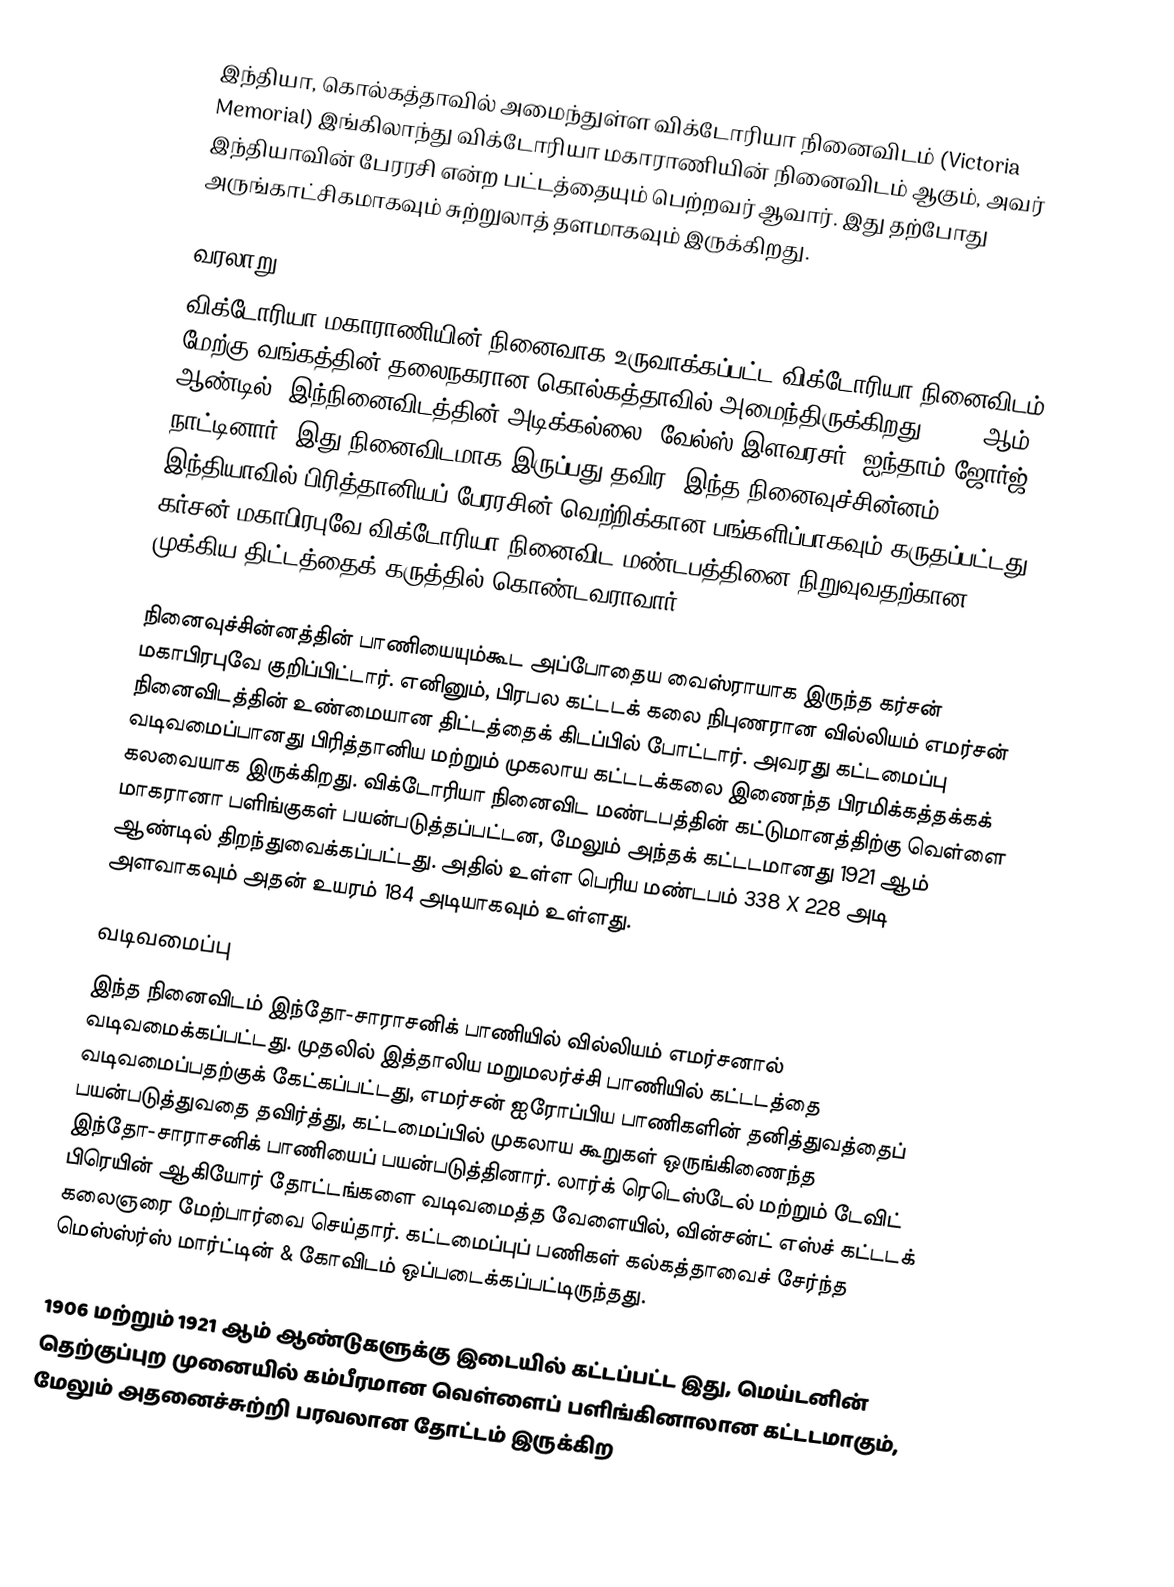
இந்தியா, கொல்கத்தாவில் அமைந்துள்ள விக்டோரியா நினைவிடம் (Victoria Memorial) இங்கிலாந்து விக்டோரியா மகாராணியின் நினைவிடம் ஆகும், அவர் இந்தியாவின் பேரரசி என்ற பட்டத்தையும் பெற்றவர் ஆவார். இது தற்போது அருங்காட்சிகமாகவும் சுற்றுலாத் தளமாகவும் இருக்கிறது.

வரலாறு
விக்டோரியா மகாராணியின் நினைவாக உருவாக்கப்பட்ட விக்டோரியா நினைவிடம் மேற்கு வங்கத்தின் தலைநகரான கொல்கத்தாவில் அமைந்திருக்கிறது. 1906 ஆம் ஆண்டில், இந்நினைவிடத்தின் அடிக்கல்லை 'வேல்ஸ் இளவரசர்' ஐந்தாம் ஜோர்ஜ் நாட்டினார். இது நினைவிடமாக இருப்பது தவிர, இந்த நினைவுச்சின்னம் இந்தியாவில் பிரித்தானியப் பேரரசின் வெற்றிக்கான பங்களிப்பாகவும் கருதப்பட்டது. கர்சன் மகாபிரபுவே விக்டோரியா நினைவிட மண்டபத்தினை நிறுவுவதற்கான முக்கிய திட்டத்தைக் கருத்தில் கொண்டவராவார்.

நினைவுச்சின்னத்தின் பாணியையும்கூட அப்போதைய வைஸ்ராயாக இருந்த கர்சன் மகாபிரபுவே குறிப்பிட்டார். எனினும், பிரபல கட்டடக் கலை நிபுணரான வில்லியம் எமர்சன் நினைவிடத்தின் உண்மையான திட்டத்தைக் கிடப்பில் போட்டார். அவரது கட்டமைப்பு வடிவமைப்பானது பிரித்தானிய மற்றும் முகலாய கட்டடக்கலை இணைந்த பிரமிக்கத்தக்கக் கலவையாக இருக்கிறது. விக்டோரியா நினைவிட மண்டபத்தின் கட்டுமானத்திற்கு வெள்ளை மாகரானா பளிங்குகள் பயன்படுத்தப்பட்டன, மேலும் அந்தக் கட்டடமானது 1921 ஆம் ஆண்டில் திறந்துவைக்கப்பட்டது. அதில் உள்ள பெரிய மண்டபம் 338 X 228 அடி அளவாகவும் அதன் உயரம் 184 அடியாகவும் உள்ளது.

வடிவமைப்பு
இந்த நினைவிடம் இந்தோ-சாராசனிக் பாணியில் வில்லியம் எமர்சனால் வடிவமைக்கப்பட்டது. முதலில் இத்தாலிய மறுமலர்ச்சி பாணியில் கட்டடத்தை வடிவமைப்பதற்குக் கேட்கப்பட்டது, எமர்சன் ஐரோப்பிய பாணிகளின் தனித்துவத்தைப் பயன்படுத்துவதை தவிர்த்து, கட்டமைப்பில் முகலாய கூறுகள் ஒருங்கிணைந்த இந்தோ-சாராசனிக் பாணியைப் பயன்படுத்தினார். லார்க் ரெடெஸ்டேல் மற்றும் டேவிட் பிரெயின் ஆகியோர் தோட்டங்களை வடிவமைத்த வேளையில், வின்சன்ட் எஸ்ச் கட்டடக் கலைஞரை மேற்பார்வை செய்தார். கட்டமைப்புப் பணிகள் கல்கத்தாவைச் சேர்ந்த மெஸ்ஸ்ர்ஸ் மார்ட்டின் & கோவிடம் ஒப்படைக்கப்பட்டிருந்தது.

1906 மற்றும் 1921 ஆம் ஆண்டுகளுக்கு இடையில் கட்டப்பட்ட இது, மெய்டனின் தெற்குப்புற முனையில் கம்பீரமான வெள்ளைப் பளிங்கினாலான கட்டடமாகும், மேலும் அதனைச்சுற்றி பரவலான தோட்டம் இருக்கிற